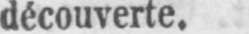
découverte.